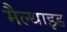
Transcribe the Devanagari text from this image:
मैल्थाइड